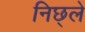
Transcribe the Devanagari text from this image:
निछ्ले